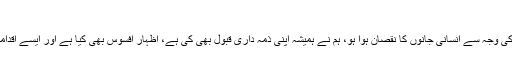
​
چاہے وہ سلالہ کا واقعہ ہو يا کوئ بھی سانحہ جس ميں امريکی اقدامات کی وجہ سے انسانی جانوں کا نقصان ہوا ہو، ہم نے ہميشہ اپنی ذمہ داری قبول بھی کی ہے، اظہار افسوس بھی کيا ہے اور ايسے اقدامات بھی اٹھاۓ ہيں جن سے مستقبل ميں ايسے سانحوں سے بچا جا سکے۔